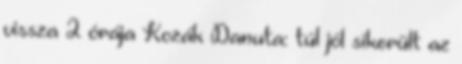
vissza 2 órája Kozák Danuta: túl jól sikerült az